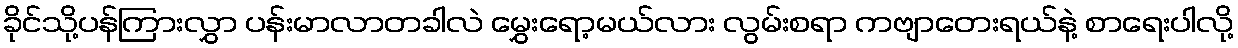
ခိုင်သို့ပန်ကြားလွှာ ပန်းမာလာတခါလဲ မွှေးရော့မယ်လား လွမ်းစရာ ကဗျာတေးရယ်နဲ့ စာရေးပါလို့